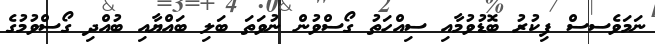
ނަމަވެސސް ފިކުރު ބޮޑުވުމާއި ސިއްހަތު ގޯސްވުން ނުވަތަ ބަލި ބައްޔާއި ބުއްދި ގޯސްވުމުގެ